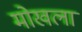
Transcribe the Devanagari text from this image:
मोखला